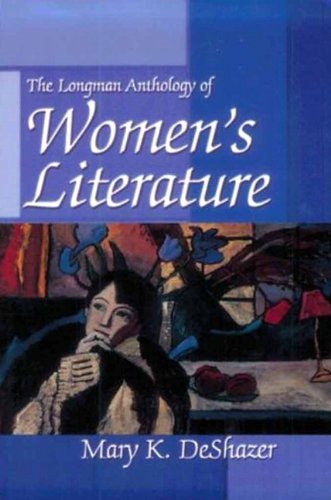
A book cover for Longman Anthology of Women's Literature; Mary K. DeShazer; Literature & Fiction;